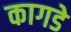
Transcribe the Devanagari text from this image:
कागडे